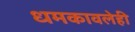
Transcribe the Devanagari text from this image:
धमकावलेही